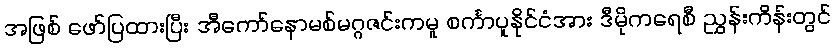
အဖြစ် ဖော်ပြထားပြီး အီကော်နောမစ်မဂ္ဂဇင်းကမူ စင်္ကာပူနိုင်ငံအား ဒီမိုကရေစီ ညွှန်းကိန်းတွင်